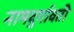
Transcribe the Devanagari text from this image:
नामदुर्गावती